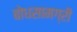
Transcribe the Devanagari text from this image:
बोधसामग्री